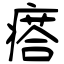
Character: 瘩